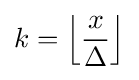
k=\left\lfloor {\frac {x}{\Delta }}\right\rfloor